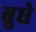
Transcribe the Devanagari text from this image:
बुधे